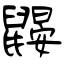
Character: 鼹